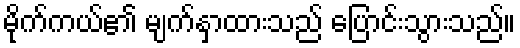
မိုက်ကယ်၏ မျက်နှာထားသည် ပြောင်းသွားသည်။